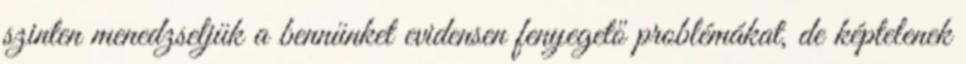
szinten menedzseljük a bennünket evidensen fenyegető problémákat, de képtelenek